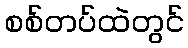
စစ်တပ်ထဲတွင်